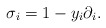
\begin{align*} \sigma_{i} = 1 - y_{i} \partial_{i}.\end{align*}